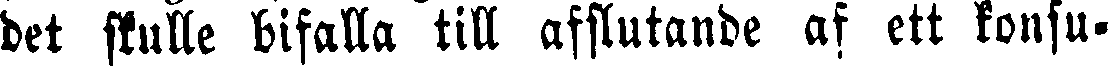
det skulle bifalla till afslutande af ett konsu-